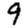
Digit: 9